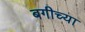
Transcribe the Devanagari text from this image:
बगीच्या